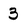
Character: 3